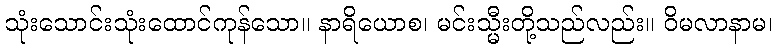
သုံးသောင်းသုံးထောင်ကုန်သော။ နာရိယောစ၊ မင်းသ္မီးတို့သည်လည်း။ ဝိမလာနာမ၊